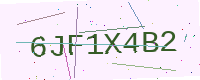
Text: 6JF1X4B2